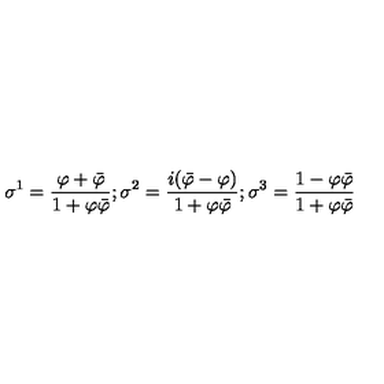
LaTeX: \sigma ^ { 1 } = \frac { \varphi + \bar { \varphi } } { 1 + \varphi \bar { \varphi } } ; \sigma ^ { 2 } = \frac { i ( \bar { \varphi } - \varphi ) } { 1 + \varphi \bar { \varphi } } ; \sigma ^ { 3 } = \frac { 1 - \varphi \bar { \varphi } } { 1 + \varphi \bar { \varphi } }